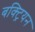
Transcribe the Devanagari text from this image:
बक्ट्रियन